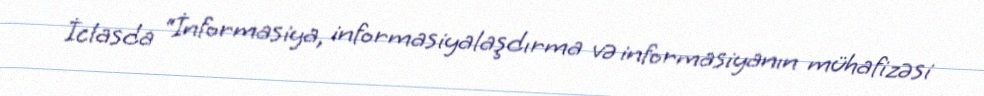
İclasda “İnformasiya, informasiyalaşdırma və informasiyanın mühafizəsi